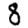
Digit: 8